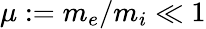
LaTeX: \mu:=m_{e}/m_{i}\ll 1